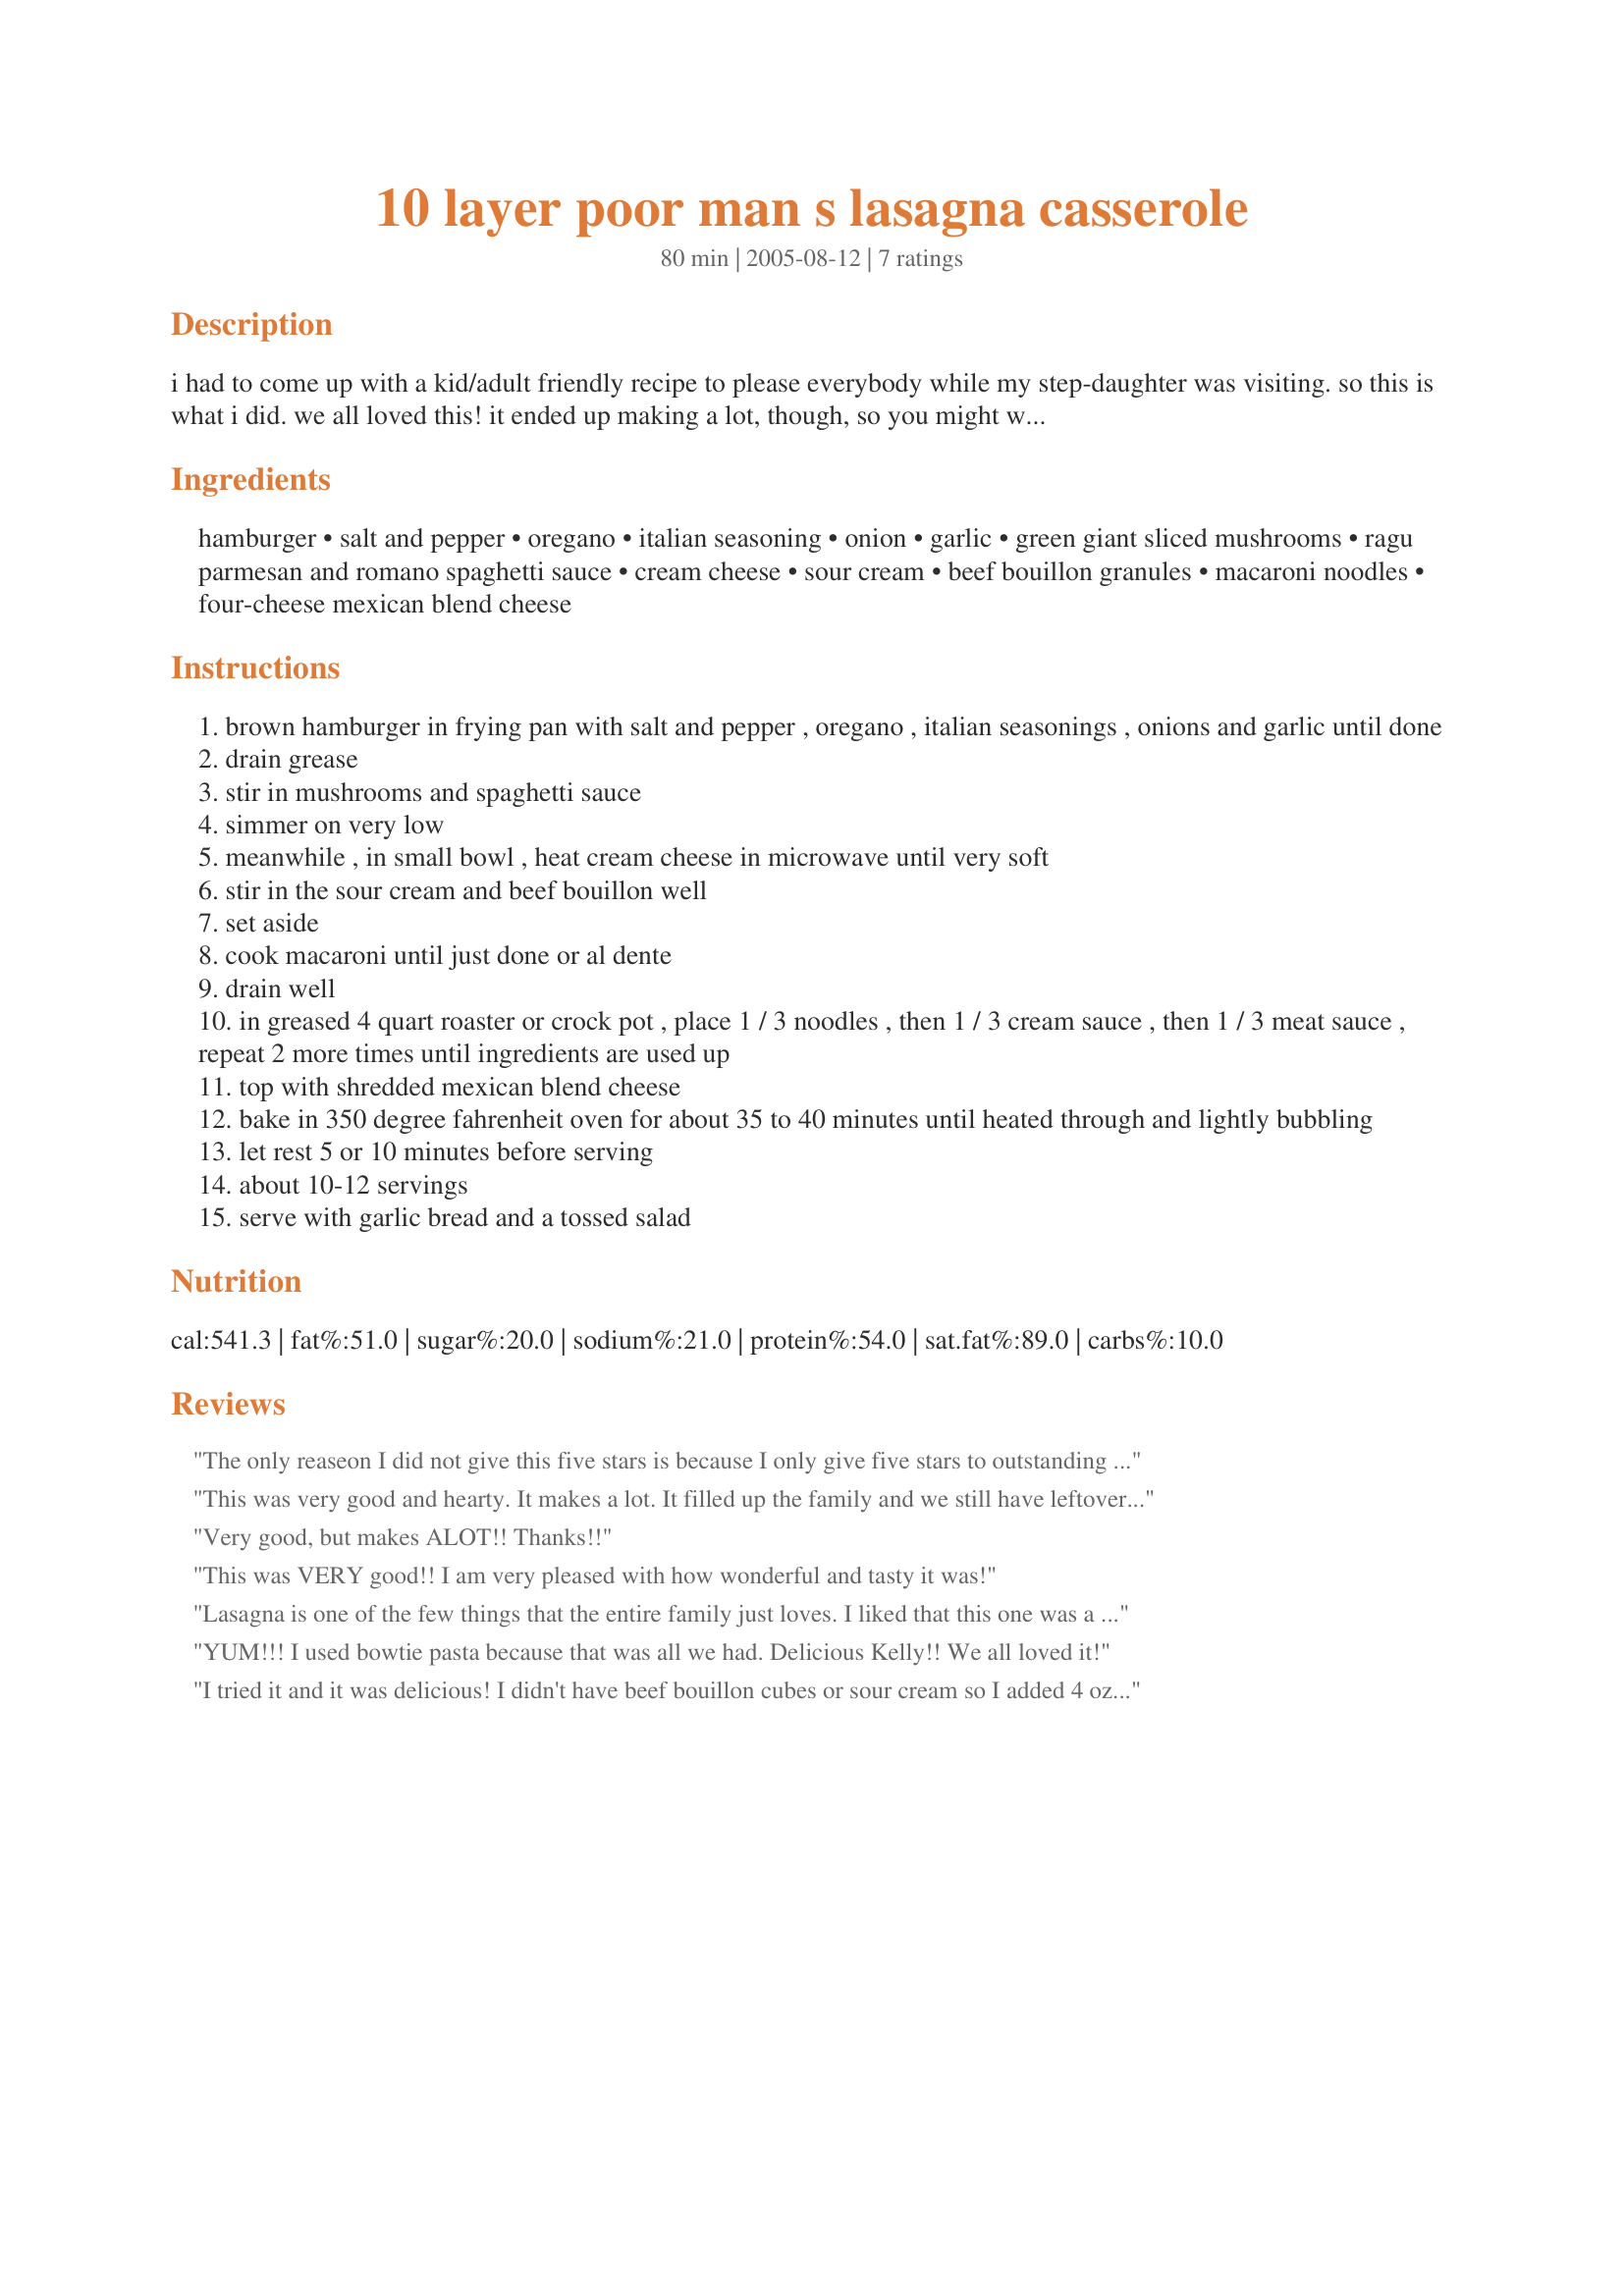
10 layer poor man s lasagna casserole
Preparation time: 80 minutes

i had to come up with a kid/adult friendly recipe to please everybody while my step-daughter was visiting. so this is what i did. we all loved this! it ended up making a lot, though, so you might want to make a half a recipe. i'll be taking this to the next potluck or family gathering that comes up! it was so good! it came out way better than i thought it would. i was quite surprised and happy! hope you try it!

Ingredients:
hamburger, salt and pepper, oregano, italian seasoning, onion, garlic, green giant sliced mushrooms, ragu parmesan and romano spaghetti sauce, cream cheese, sour cream, beef bouillon granules, macaroni noodles, four-cheese mexican blend cheese

Steps:
brown hamburger in frying pan with salt and pepper , oregano , italian seasonings , onions and garlic until done
drain grease
stir in mushrooms and spaghetti sauce
simmer on very low
meanwhile , in small bowl , heat cream cheese in microwave until very soft
stir in the sour cream and beef bouillon well
set aside
cook macaroni until just done or al dente
drain well
in greased 4 quart roaster or crock pot , place 1 / 3 noodles , then 1 / 3 cream sauce , then 1 / 3 meat sauce , repeat 2 more times until ingredients are used up
top with shredded mexican blend cheese
bake in 350 degree fahrenheit oven for about 35 to 40 minutes until heated through and lightly bubbling
let rest 5 or 10 minutes before serving
about 10-12 servings
serve with garlic bread and a tossed salad

Reviews:
The only reaseon I did not give this five stars is because I only give five stars to outstanding "gourmet" dishes! I served it up to some friends at an impromptu dinner - everyone wanted the recipe. Thanks for a yummy, easy meal!
This was very good and hearty. It makes a lot. It filled up the family and we still have leftovers for tomorrow. Can't wait. Thank you Kelly.
Very good, but makes ALOT!! Thanks!!
This was VERY good!! I am very pleased with how wonderful and tasty it was!
Lasagna is one of the few things that the entire family just loves. I liked that this one was a little simpler than the normal lasagna, but once I got into it, it was actually just as complicated. It just cooked a little less time. It was really good, though. The whole family loved it. I have a strange aversion to macaroni noodles in anything but a macaroni-type meal, so I went with a 12-oz box of whole grain penne instead. I also subbed ground turkey, as usual, and I cooked in a 9x13 pan. Other than that, I stuck fairly close to the recipe. I'll definitely keep this on our "make again" list, since it accomplishes the lasagna thing in less time than normal.
YUM!!! I used bowtie pasta because that was all we had. Delicious Kelly!! We all loved it!
I tried it and it was delicious! I didn't have beef bouillon cubes or sour cream so I added 4 oz. of cream cheese to the ground beef mixture. Layered it as directed and it was fabulous! Thanks for posting!
